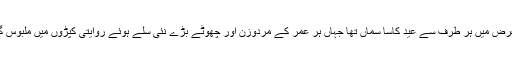
بمبوریت وادی کے طول وعرض میں ہر طرف سے عید کاسا سماں تھا جہاں ہر عمر کے مردوزن اور چھوٹے بڑے نئی سلے ہوئے روایتی کپڑوں میں ملبوس گھومتے ہوئے دیکھے گئے۔